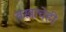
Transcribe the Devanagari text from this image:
वस्त्राचेही